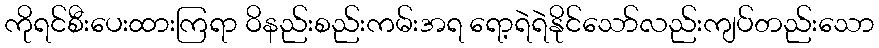
ကိုရင်စီးပေးထားကြရာ ဝိနည်းစည်းကမ်းအရ ရော့ရဲရဲနိုင်သော်လည်းကျပ်တည်းသော